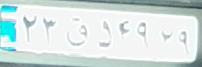
۲۳ق۵۴۹۲۹